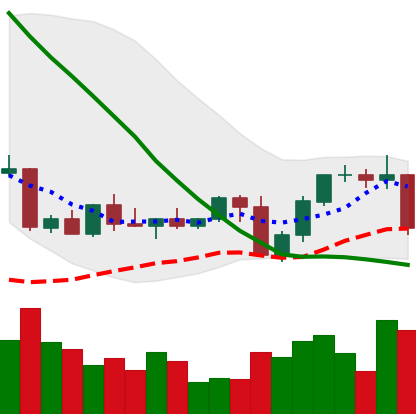
Ticker: NEO-USD
Chart end date: 2022-09-13
Forward return: -8.45%
Label: down_7plus